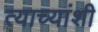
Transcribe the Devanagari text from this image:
त्याच्यांशी